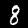
Label: 8